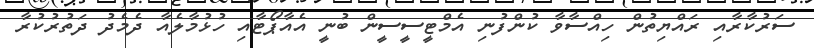
ސަރުކާރާއި ރައްޔިތުން ހިއްސާވާ ކުންފުނި އެމްޓީސީސީން ބުނީ އެއާޕޯޓާއި ހުޅުމާލެއާ ދެމެދު ދަތުރުކުރާ